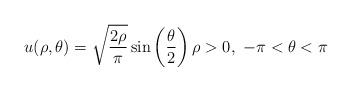
LaTeX: \begin{align*}u(\rho,\theta) = \sqrt{\frac{2\rho}{\pi}} \sin\left(\frac{\theta}{2}\right) \rho>0,\ -\pi<\theta<\pi\end{align*}